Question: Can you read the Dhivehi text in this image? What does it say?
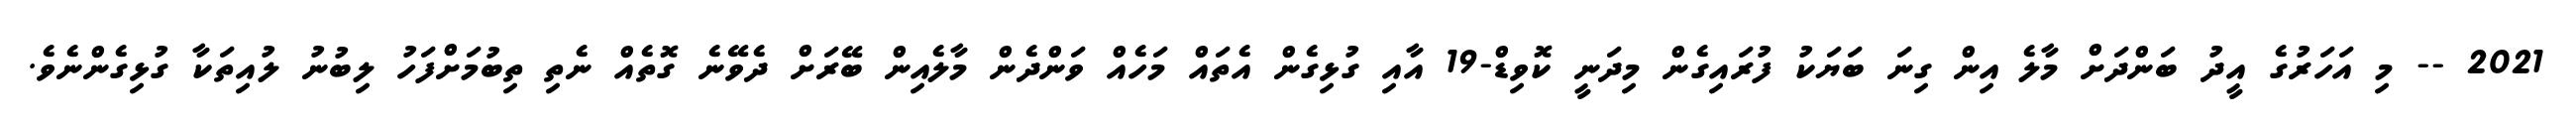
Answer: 2021 -- މި އަހަރުގެ އީދު ބަންދަށް މާލެ އިން ގިނަ ބަޔަކު ފުރައިގެން މިދަނީ ކޮވިޑް-19 އާއި ގުޅިގެން އެތައް މަހެއް ވަންދެން މާލެއިން ބޭރަށް ދެވޭނެ ގޮތެއް ނެތި ތިބުމަށްފަހު ލިބުނު ލުއިތަކާ ގުޅިގެންނެވެ.